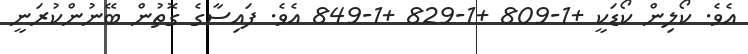
އެވެ. ކޯލިން ކޯޑަކީ +1-809 +1-829 +1-849 އެވެ. ފައިސާގެ ގޮތުން ބޭނުންކުރަނީ